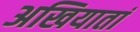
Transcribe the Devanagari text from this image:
अखियातां